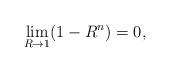
LaTeX: \begin{align*}\lim_{R \to 1} (1-R^n)=0,\end{align*}